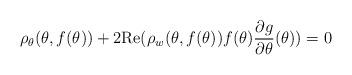
LaTeX: \begin{align*}\rho_{\theta}(\theta, f(\theta)) + 2 {\rm Re}(\rho_w(\theta, f(\theta)) f(\theta) \frac{\partial g}{\partial\theta}(\theta)) = 0\end{align*}